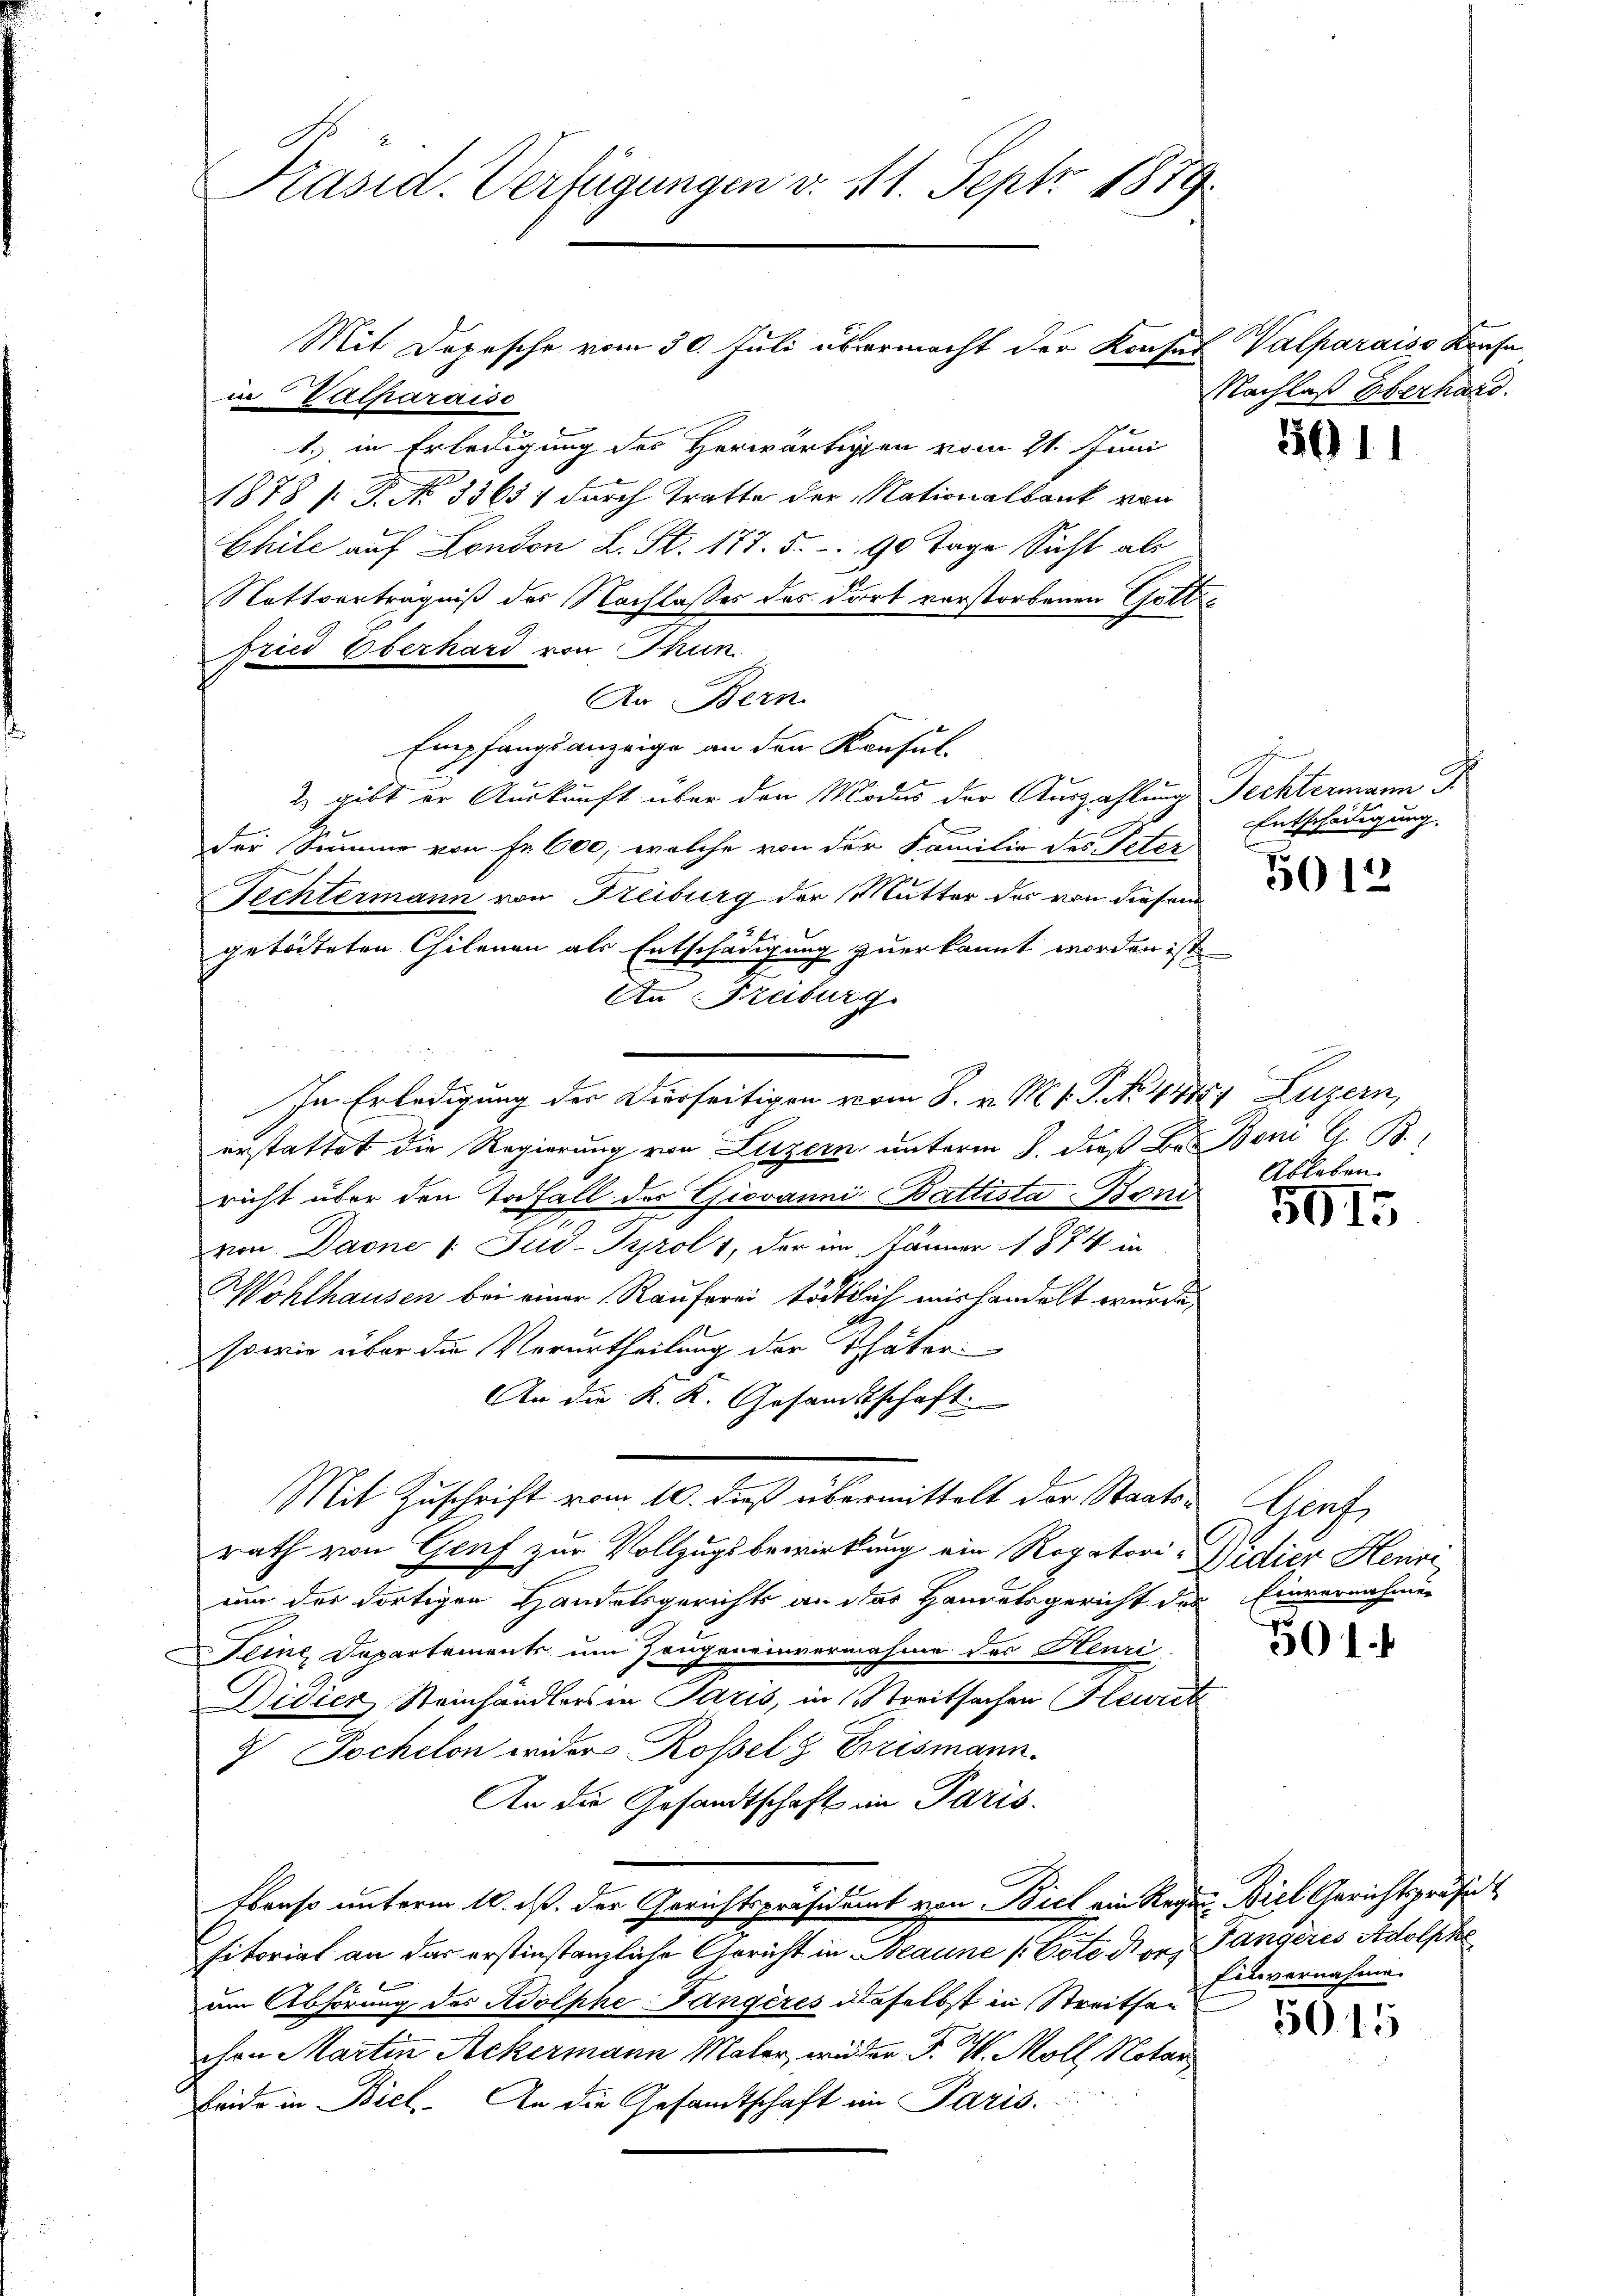
Präsid. Verfügungen v. 11. Sept 1879.

Mit Depesche vom 30. Juli übermacht der Konsus Valparaiss Konse
in Valharaise
1.) in Erledigung des Herwärtigen vom 21. Juni
1878 [ P No 33657 durch Tratte der Nationalbank von
Chile auf London L. St. 173. 5. 90 Tage Sicht als
Nattverträgniß der Nachlasses des dort verstorbenen Gotte
fried Oberhard von Thun.
An Bern.
Empfangsanzeige an den Konsul¬
2 gibt er Auskunft über den Modus der Auszahlung Rechtermann d
der Summe von Fr. 600, welche von der Familie des Peter
Fechtermann von Freiburg der Mutter der von diesem
geteiteten Chilenen als Entschädigung zuerkannt worden ist
An Freiburg
In Erledigung der Vierseitigen vom 8. v. M. v. P. No. 47881 Luzern,
erstattet die Regierung von Luzern unterm 8. dieß Br. Bon G. B.
richt über den Todfall des Giovanni Battista Boni
von Daone 1. Jud-Tyrol 1, der am Jänner 1874 in
Wohlhausen bei einer Raufrei tödtlich mißhandelt wurde,
sowie über die Verurtheilung der Thäter
An die K. K. Gesandtschaft.
Mit Zuschrift vom 10. dieß übermittelt der Staatsrath von Genf zur Vollzugsbewirkung ein Rogatoris Widier Heure
um der dortigen Handelsgerichts an das Handelsgericht des Einvernahmen
Deine Departements um Zeugeneinvernahme des Henri
Didier Steinhändlers in Paris, in Streitsachen Heurt
9 Pochelon wider Rossels Brismann.
An die Gesandtschaft im Paris.
Ebenso unterm 10. d. der Gerichtspräsident von Biel ein Regen Biel Gerichtspräsid
sitorial an das erstinstanzliche Gericht in Beaune (Cöte Konz Fangeres Adolphe
um Abhörung des Adolphe Fangères daselbst in Streitsan
chen Martin Ackermann Maler, wieder P. V. Moll Notar,
beide in Biel. An die Gesandtschaft in Paris.

Nachlaß Oberhard.

5611

Entschädigung.

5012

Ableben.

5915

ach.

501.

Einvernahme.

5015